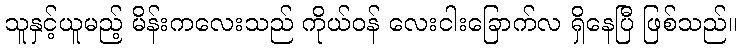
သူနှင့်ယူမည့် မိန်းကလေးသည် ကိုယ်ဝန် လေးငါးခြောက်လ ရှိနေပြီ ဖြစ်သည်။